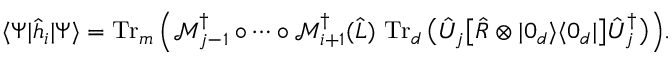
\langle \Psi | \hat { h } _ { i } | \Psi \rangle = \operatorname { T r } _ { m } \Big ( \mathcal { M } _ { j - 1 } ^ { \dag } \circ \dotsb \circ \mathcal { M } _ { i + 1 } ^ { \dag } ( \hat { L } ) \, \operatorname { T r } _ { d } \big ( \hat { U } _ { j } \big [ \hat { R } \otimes | 0 _ { d } \rangle \langle 0 _ { d } | \big ] \hat { U } _ { j } ^ { \dag } \big ) \Big ) .